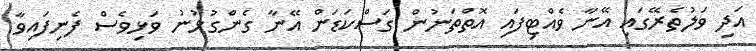
އަދި ވަލުތެރޭގައި އޭނާ ވެއްޓިފައި އޮތްތަނުން ގަސްކަޑަން އޭނާ ގެންގުޅުނު ވަޅިވެސް ފެނިފައިވާ